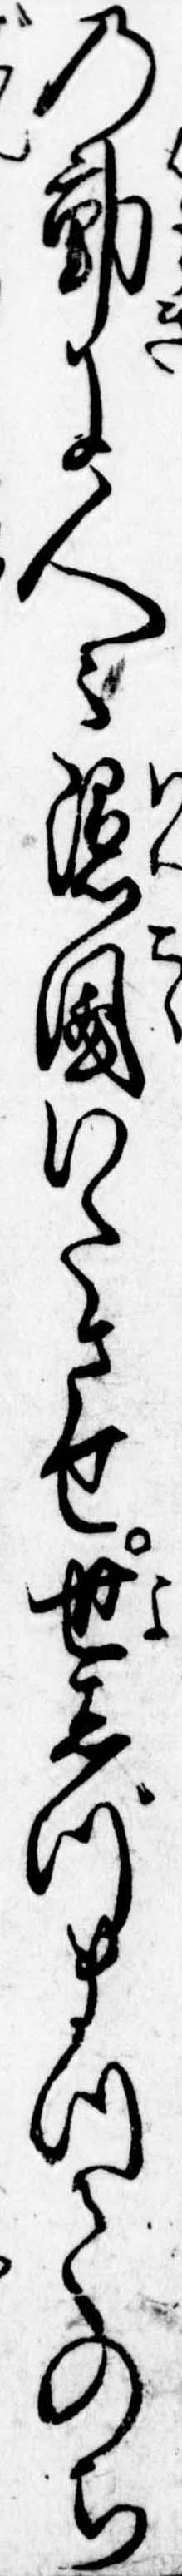
の動に人々隠国いたさせ世しづまつてのち